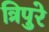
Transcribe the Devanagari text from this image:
त्रिपुरे